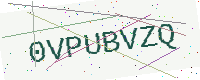
Text: 0VPUBVZQ